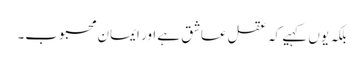
بلکہ یوں کہیے کہ عقل عاشق ہے اور ایمان محبوب۔